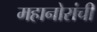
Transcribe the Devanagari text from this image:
महानोरांची